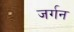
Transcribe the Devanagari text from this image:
जर्गन